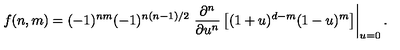
f ( n , m ) = ( - 1 ) ^ { n m } ( - 1 ) ^ { n ( n - 1 ) / 2 } \left. \frac { \partial ^ { n } } { \partial u ^ { n } } \left[ ( 1 + u ) ^ { d - m } ( 1 - u ) ^ { m } \right] \right| _ { u = 0 } .